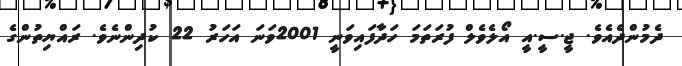
ދެމުންދެއެވެ. ޖީ.ސީ.އީ އޯލެވެލް ފުރަތަމަ ހަދާފައިވަނީ 2001ވަނަ އަހަރު 22 ކުދިންނެވެ. ރައްޔިތުންގެ